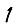
Digit: 1